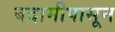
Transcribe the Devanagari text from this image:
बदामीपासून